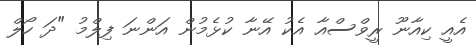
އެއީ ކިއާނޫ ރީވްސްއާ އެކު އޭނާ ކުޅެމުން އަންނަ ފިލްމު "ދަ ހޯލް